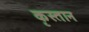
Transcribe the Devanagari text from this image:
कृस्तान